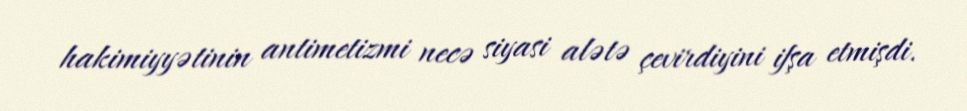
hakimiyyətinin antimetizmi necə siyasi alətə çevirdiyini ifşa etmişdi.